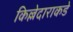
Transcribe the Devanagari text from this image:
किल्लेदाराकडे